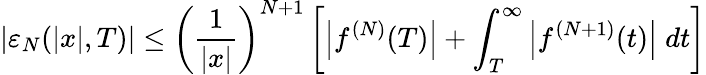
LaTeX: \lvert\varepsilon_{N}(\lvert x\rvert,T)\rvert\le\left(\frac{1}{\lvert x\rvert}\right)^{N+1}\left[\left\lvert f^{(N)}(T)\right\rvert+\int_{T}^{\infty}\left|f^{(N+1)}(t)\right|\; dt\right]